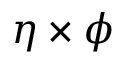
\eta \times \phi